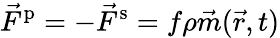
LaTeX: \vec{F}^{\mathrm{p}}=-\vec{F}^{\mathrm{s}}=f\rho\vec{m}(\vec{r},t)